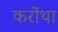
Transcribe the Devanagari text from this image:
करोंथा